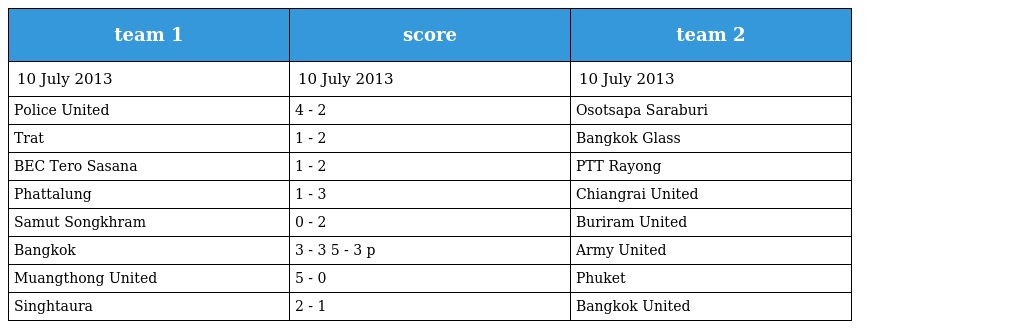
| team 1 | score | team 2 |
 | --- | --- | --- |
 | 10 July 2013 | 10 July 2013 | 10 July 2013 |
 | Police United | 4 - 2 | Osotsapa Saraburi |
 | Trat | 1 - 2 | Bangkok Glass |
 | BEC Tero Sasana | 1 - 2 | PTT Rayong |
 | Phattalung | 1 - 3 | Chiangrai United |
 | Samut Songkhram | 0 - 2 | Buriram United |
 | Bangkok | 3 - 3 5 - 3 p | Army United |
 | Muangthong United | 5 - 0 | Phuket |
 | Singhtaura | 2 - 1 | Bangkok United |